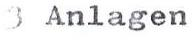
3 Anlagen